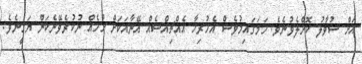
އަށް ސުވާލު ކޮށްލެވުނެވެ. ހަމަގައިމުވެސް އެހުރިހާ އެއްޗިއްސެއް އޭނާއަކަށް ހުހެއް ނުކުރެވޭނެކަން ޔަޤީނެވެ.